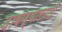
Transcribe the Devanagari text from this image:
दावण्यासाठी